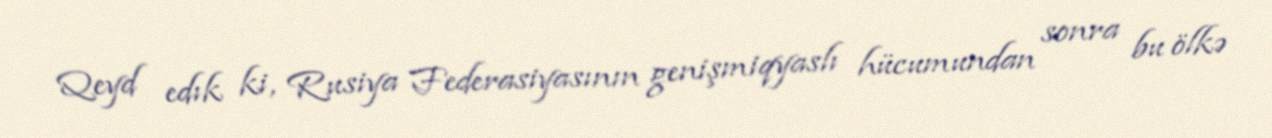
Qeyd edık ki, Rusiya Federasiyasının genişmiqyaslı hücumundan sonra bu ölkə